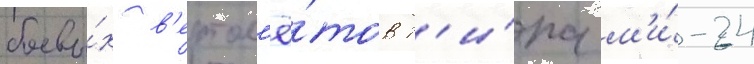
боевы́х в'ертол'ё́тов т'и́па м'и́-24